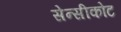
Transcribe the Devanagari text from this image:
सेन्सीकोट